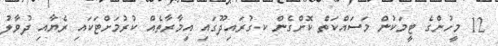
12 މީހުންގެ ޓީމަކުން މަސައްކަތް ކޮށްގެން ކ.ގުރައިދޫގައި އިމާރާތެއް ކުރުމަށްޓަކައި ރެޔާއި ދުވާލު